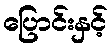
ပြောင်းနှင့်